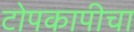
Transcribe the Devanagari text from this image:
टोपकापीचा